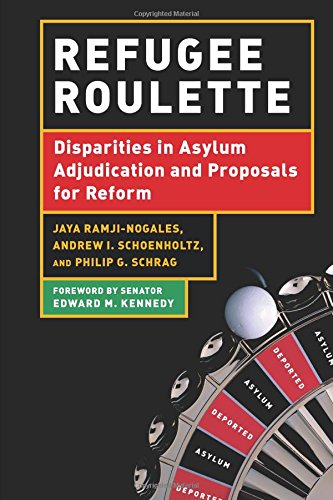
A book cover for Refugee Roulette: Disparities in Asylum Adjudication and Proposals for Reform; Philip G. Schrag; Law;